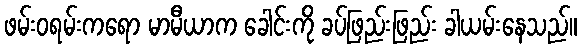
ဖမ်းဝရမ်းကရော မာမီယာက ခေါင်းကို ခပ်ဖြည်းဖြည်း ခါယမ်းနေသည်။